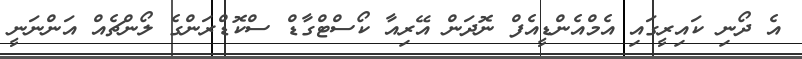
އެ ދޯނި ކައިރީގައި އެމްއެންޑީއެފް ނޮދަން އޭރިއާ ކޯސްޓްގާޑް ސްކޮޑްރަންގެ ލޯންޗެއް އަންނަނީ